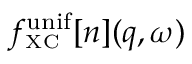
f _ { \scriptscriptstyle \mathrm { X C } } ^ { \mathrm { u n i f } } [ n ] ( q , \omega )